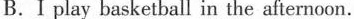
B.I play basketball in the afternoon.